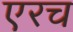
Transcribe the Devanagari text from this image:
एरच